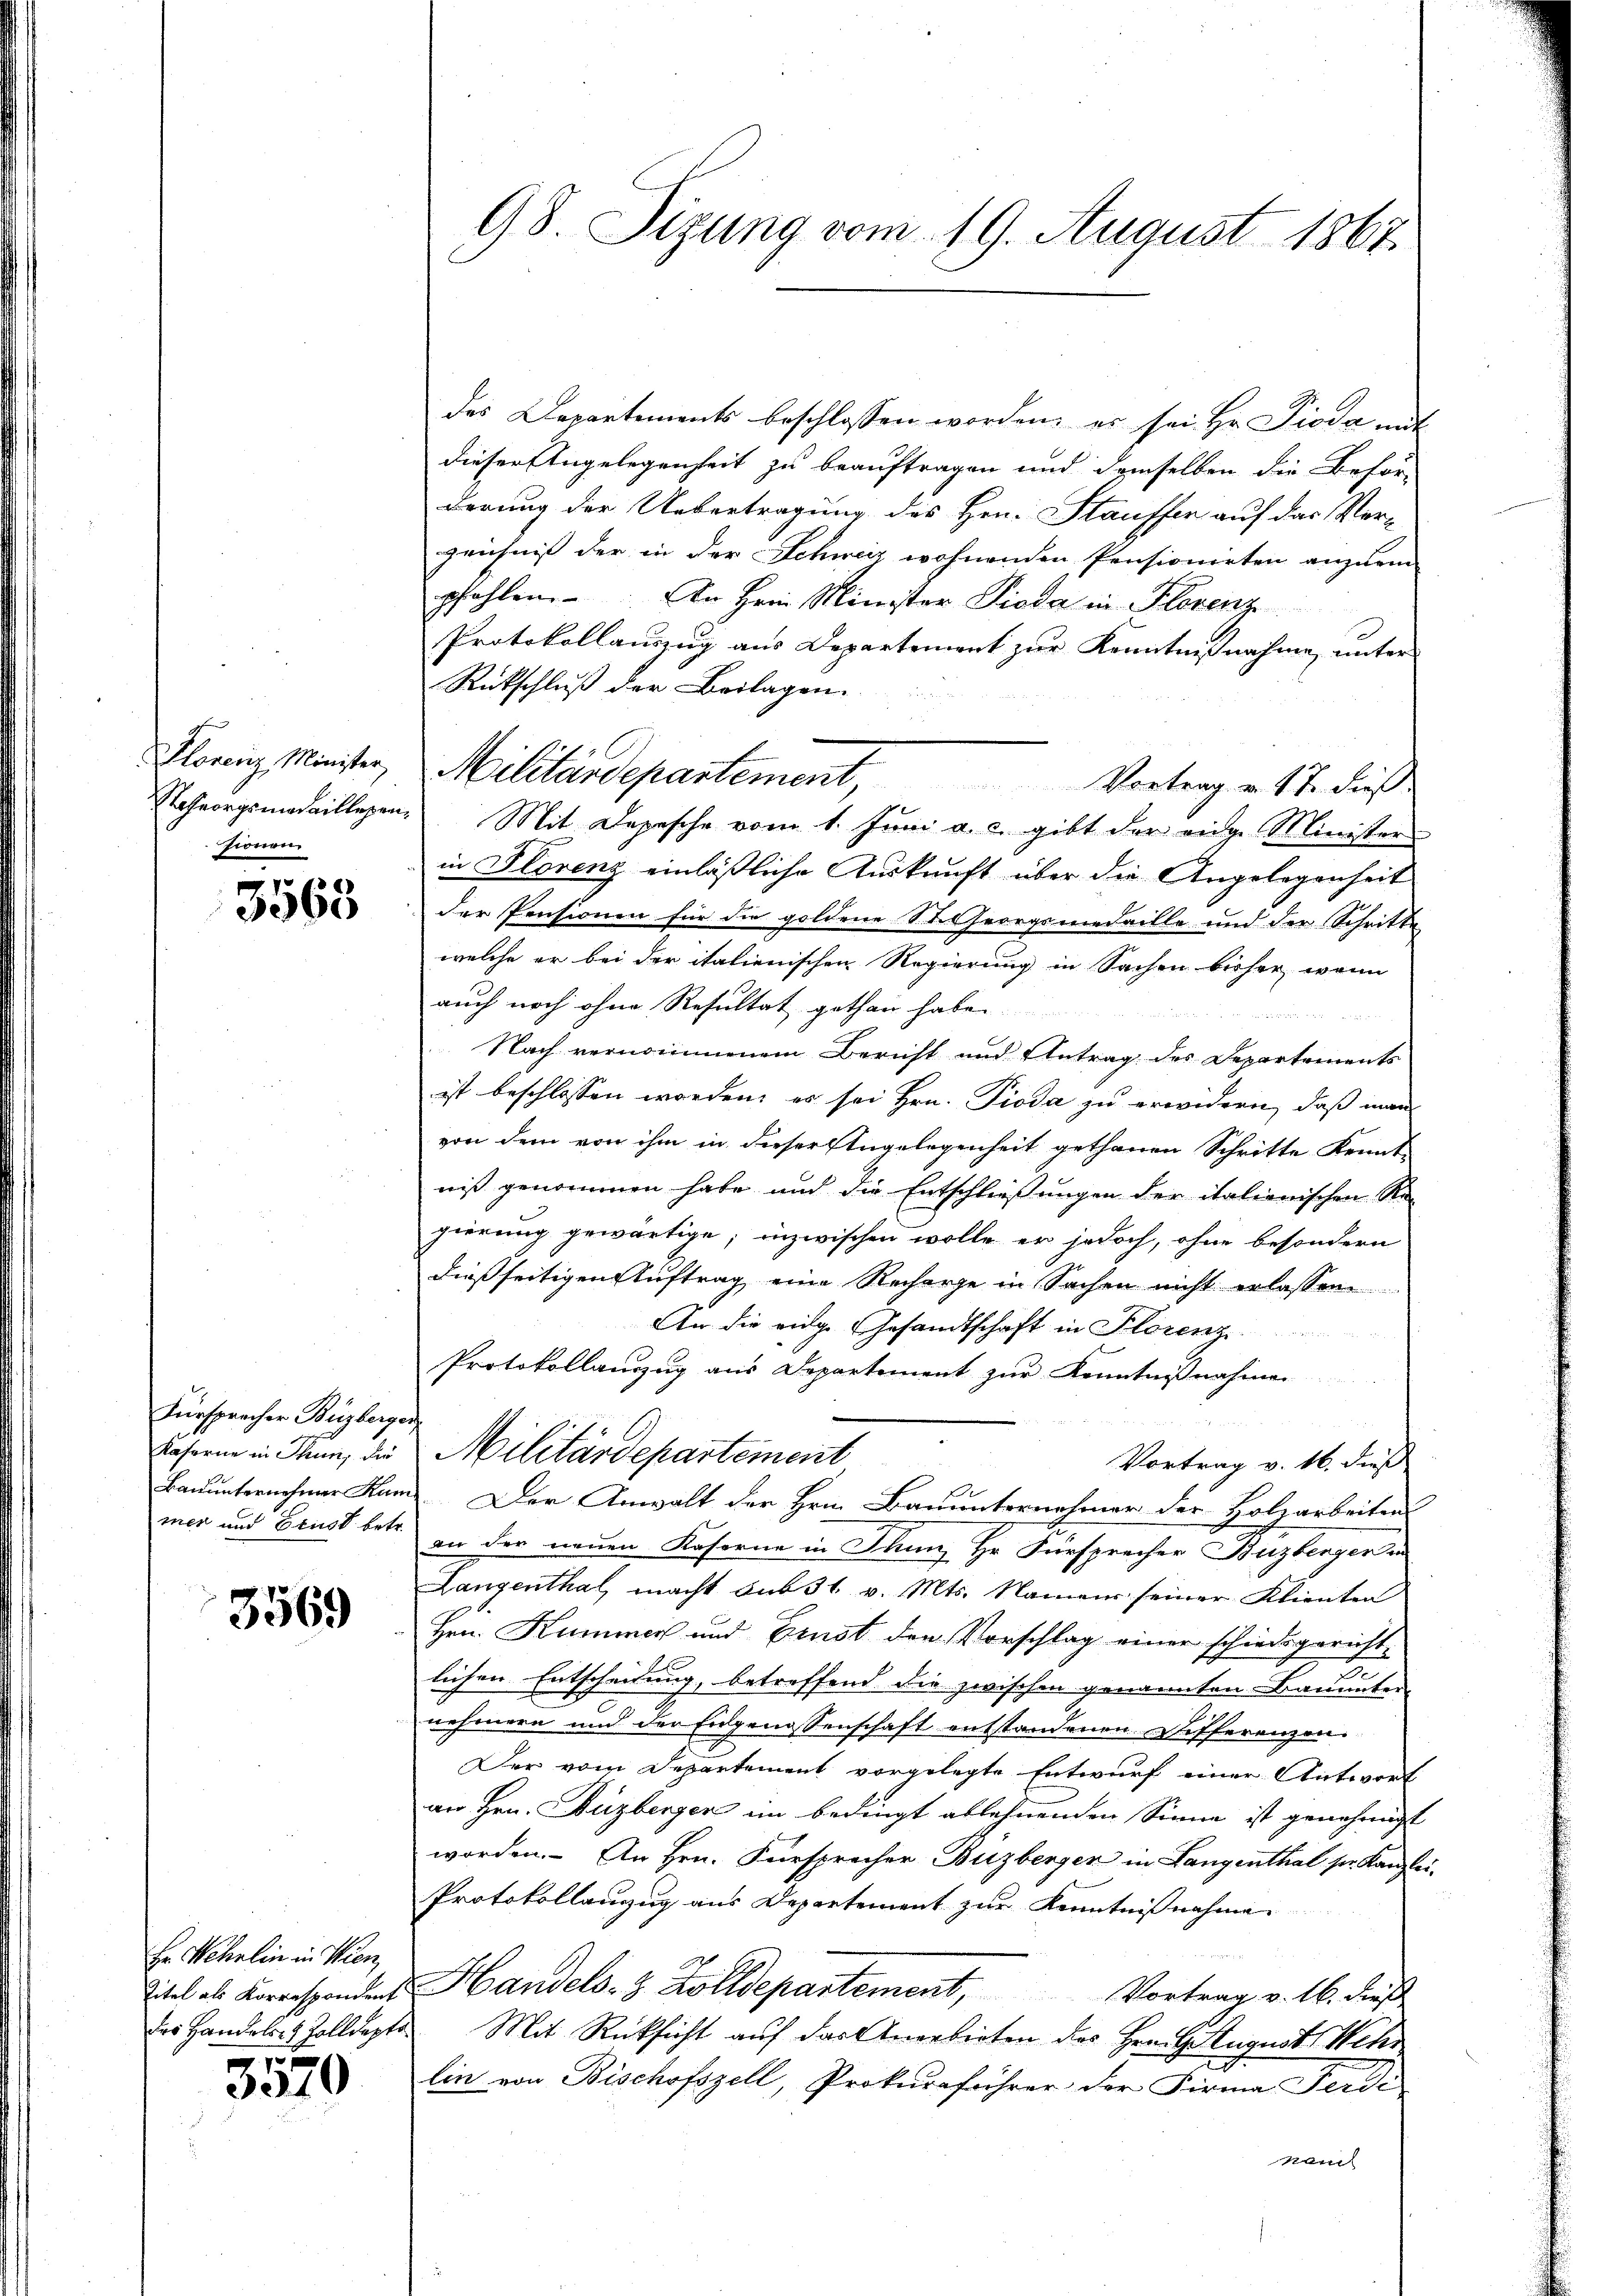
Florenz Minister,
Roheorgsmedaillegenzionen

3563

Fürsprecher Buzberger
Kaforne in Thun, die
Bauunternehmer Kum
mer und Ernst betr.

3569

Hr. Wehrlin in Wien,
Titel als Korrespondent
das Handelsr. Zolldepto
u

3010

98 Sizung vom 19. August 1867.

des Departements beschlossen worden, es sei Hr. Pioda mit
dieser Angelegenheit zu beauftragen und demselben die Behör-
derung der Uebertragung des Hrn. Stauffer auf das Ver-
zeichnis der in der Schweiz wohnenden Pensionirten anzuein-
pfohlen. An Hrnn Minister Pioda in Florenz
Protokollauszug aus Departement zur Kenntnißnahme unter
Rückschluß der Beilagen.
Mit Depesche vom 1. Juni a. c. gibt der eige Minister
in Florenz einläßliche Auskunft über die Angelegenheit
der Pensionen für die goldene St. Georgsmedaille und der Schritte
welche er bei der italienischen Regierung in Sachen bisher, wenn
auch noch ohne Resultat gethan habe.
Nach vernommenem Bericht und Antrag des Departements
ist beschlossen worden, es sei Hrn. Pioda zu erwidern, daß man
von dem von ihm in dieser Angelegenheit gethanen Schritte Kennt
niß genommen habe und die Entschließungen der italienischen Regierung gewärtige; inzwischen wolle er jedoch, ohne besondern
dießseitigen Auftrag eine Recharge in Sachen nicht erlassen
An die vidg. Gesandtschaft in Florenz
Protokollanzug aus Departement zur Kenntnißnahme
Militärdepartement
Vortrag v. 16. dieß
Der Anwalt der Hrn. Bauunternehmer der Holzarbeiten
an der neuen Kaserne in Tann, Hr. Fürsprecher Buzberger in
Langenthal, macht sub 31. v. Mts. Namen seiner Klienten
Hrn. Kummer und Ernst den Vorschlag einer schiedsgericht
lichen Entscheidung, betreffend die zwischen genannten Bauunter
nehmern und der Eidgenossenschaft entstandenen Differenzen.
Der vom Departement vorgelegte Entwurf einer Antwort
an Hrn. Huzberger im bedingt ablehnenden Sinne ist genehmigt
worden. An Hrn. Fürsprecher Buzberger in Langenthal sr. Kanzlei-
Protokollanzug aus Departement zur Kenntnißnahme.
Handels- & Zolldepartement, Vortrag v. 16. dieß
Mit Rücksicht auf das Anerbieten des Freit August Wehr
lin von Bischofszell, Prokuraführer der Firma Ferde
nam

Militärdepartement, Vortrag a. 17. dieß